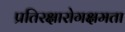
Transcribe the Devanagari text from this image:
प्रतिरक्षारोगक्षमता